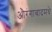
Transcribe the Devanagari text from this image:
औरंगाबादमधे